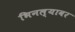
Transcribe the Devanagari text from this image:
भिनल्यावर